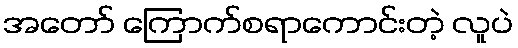
အတော် ကြောက်စရာကောင်းတဲ့ လူပဲ